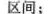
区间；